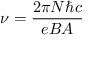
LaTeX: \nu = { \frac { 2 \pi N \hbar c } { e B A } }